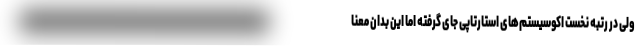
ولی در رتبه نخست اکوسیستم‌های استارتاپی جای گرفته اما این بدان معنا